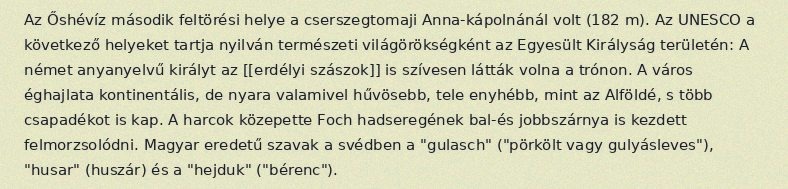
Az Őshévíz második feltörési helye a cserszegtomaji Anna-kápolnánál volt (182 m). Az UNESCO a következő helyeket tartja nyilván természeti világörökségként az Egyesült Királyság területén: A német anyanyelvű királyt az [[erdélyi szászok]] is szívesen látták volna a trónon. A város éghajlata kontinentális, de nyara valamivel hűvösebb, tele enyhébb, mint az Alföldé, s több csapadékot is kap. A harcok közepette Foch hadseregének bal-és jobbszárnya is kezdett felmorzsolódni. Magyar eredetű szavak a svédben a "gulasch" ("pörkölt vagy gulyásleves"), "husar" (huszár) és a "hejduk" ("bérenc").